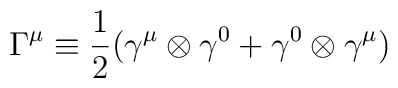
{\Gamma}^{\mu} \equiv \frac{1}{2} ({\gamma}^{\mu} \otimes{\gamma}^0 + {\gamma}^0 \otimes {\gamma}^{\mu} )